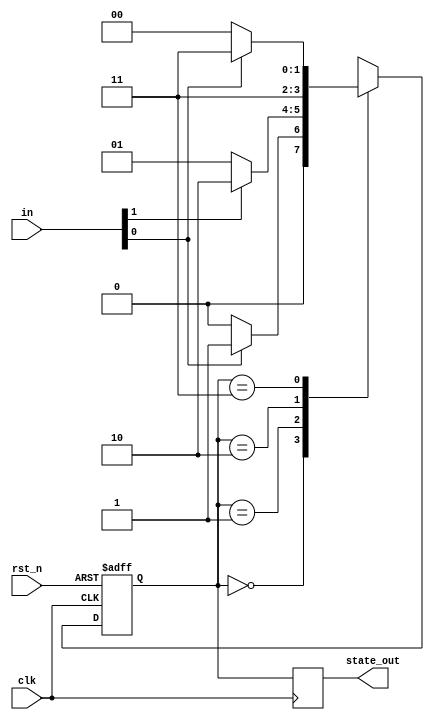
module parametrized_state_machine #(
    parameter NUM_STATES = 4,          // Number of states
    parameter STATE_WIDTH = $clog2(NUM_STATES), // Calculated state width
    parameter INPUT_WIDTH = 2,          // Input width
    parameter RESET_STATE = 0           // Reset state
)(
    input wire clk,                     // Clock signal
    input wire rst_n,                   // Asynchronous active-low reset
    input wire [INPUT_WIDTH-1:0] in,    // Input signals
    output reg [STATE_WIDTH-1:0] state_out // Current state output
);

    // State register
    reg [STATE_WIDTH-1:0] current_state, next_state;

    // State transition logic
    always @(*) begin
        case (current_state)
            0: begin
                // Transition logic for state 0
                if (in[0]) next_state = 1;
                else next_state = 0;
            end
            1: begin
                // Transition logic for state 1
                if (in[1]) next_state = 2;
                else next_state = 1;
            end
            2: begin
                // Transition logic for state 2
                next_state = 3; // Example: always go to state 3
            end
            3: begin
                // Transition logic for state 3
                if (~in[0]) next_state = 0;
                else next_state = 3;
            end
            default: next_state = RESET_STATE; // Default case
        endcase
    end

    // State update logic
    always @(posedge clk or negedge rst_n) begin
        if (!rst_n)
            current_state <= RESET_STATE; // Initialize to reset state
        else
            current_state <= next_state;   // Update to next state
    end

    // Output logic
    always @(posedge clk) begin
        state_out <= current_state; // Output current state
    end

endmodule